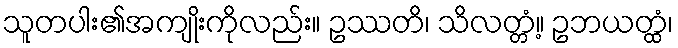
သူတပါး၏အကျိုးကိုလည်း။ ဥဿတိ၊ သိလတ္တံ့။ ဥဘယတ္ထံ၊